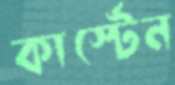
কার্স্টেন